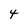
Character: 4